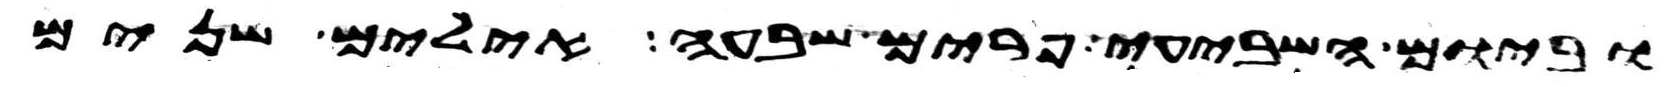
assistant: וביום השביעי פרים שבעה אילים שנים